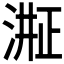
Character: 𬈈